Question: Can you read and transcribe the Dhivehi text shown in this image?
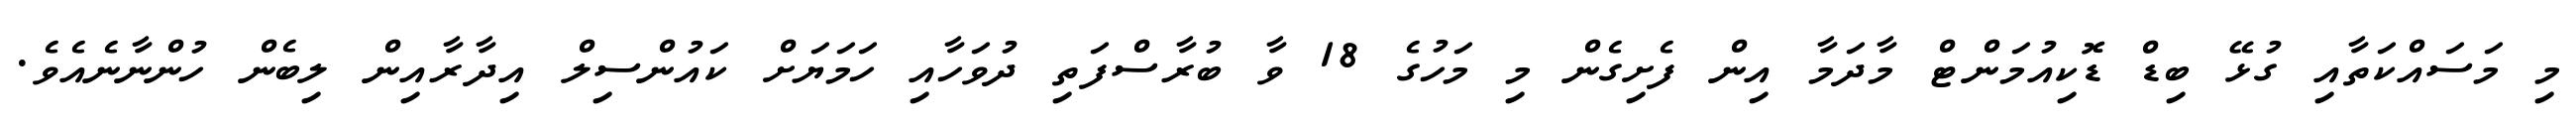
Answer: މި މަސައްކަތާއި ގުޅޭ ބިޑް ޑޮކިއުމަންޓް މާދަމާ އިން ފެށިގެން މި މަހުގެ 18 ވާ ބުރާސްފަތި ދުވަހާއި ހަމަޔަށް ކައުންސިލް އިދާރާއިން ލިބެން ހުންނާނެއެވެ.